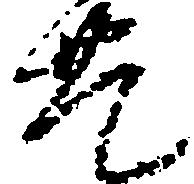
豊